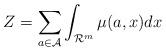
LaTeX: \begin{align*}Z=\sum_{a\in\mathcal{A}}\int_{\mathcal{R}^{m}}\mu(a,x)dx\end{align*}